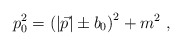
\begin{align*}p_0^2 = \left(|\vec p|\pm b_0\right)^2 + m^2\ ,\end{align*}